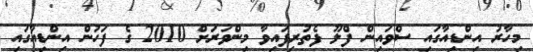
މިހާރު އިންޑިއާގައި ސްވައިން ފްލޫ ފެތުރިފައިވާ މިންވަރަށް 2010 ގެ ފަހުން އިންޑިއާގައި